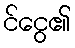
င်ငွေ၏